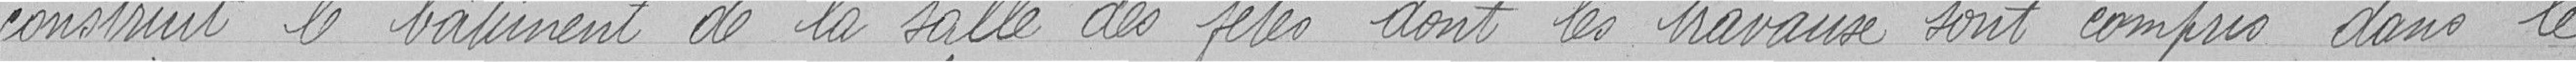
construit le bâtiment de la salle des fêtes dont les travaux sont compris dans le